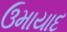
ઉમાયાદ